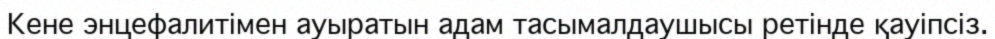
Кене энцефалитімен ауыратын адам тасымалдаушысы ретінде қауіпсіз.